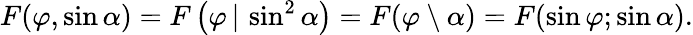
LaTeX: F(\varphi,\sin\alpha)=F\left(\varphi\, |\, \sin^{2}\alpha\right)=F(\varphi\setminus\alpha)=F(\sin\varphi;\sin\alpha).